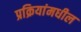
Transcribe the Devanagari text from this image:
प्रक्रियांमधील